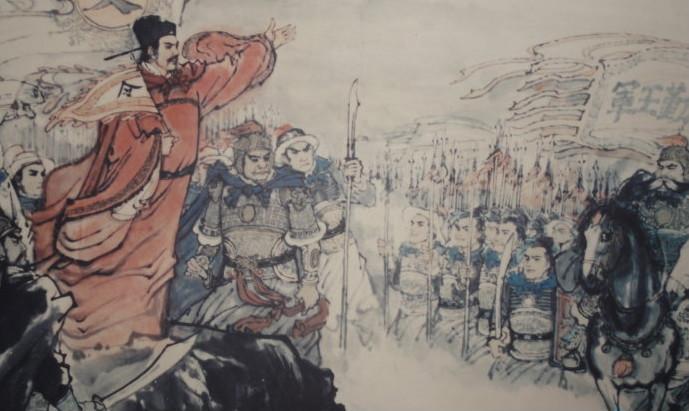
出师未捷身先死，长使英雄泪满襟。